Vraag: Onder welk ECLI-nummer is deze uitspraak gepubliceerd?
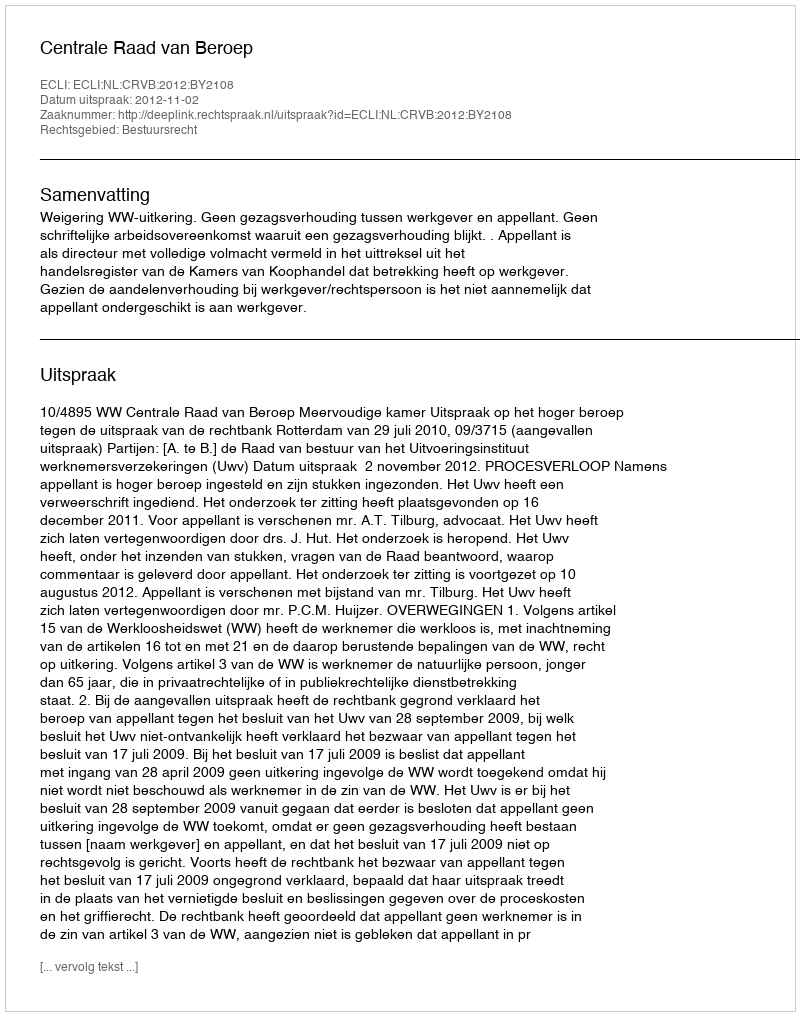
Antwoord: ECLI:NL:CRVB:2012:BY2108